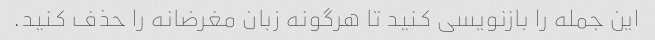
این جمله را بازنویسی کنید تا هرگونه زبان مغرضانه را حذف کنید.